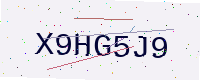
Text: X9HG5J9